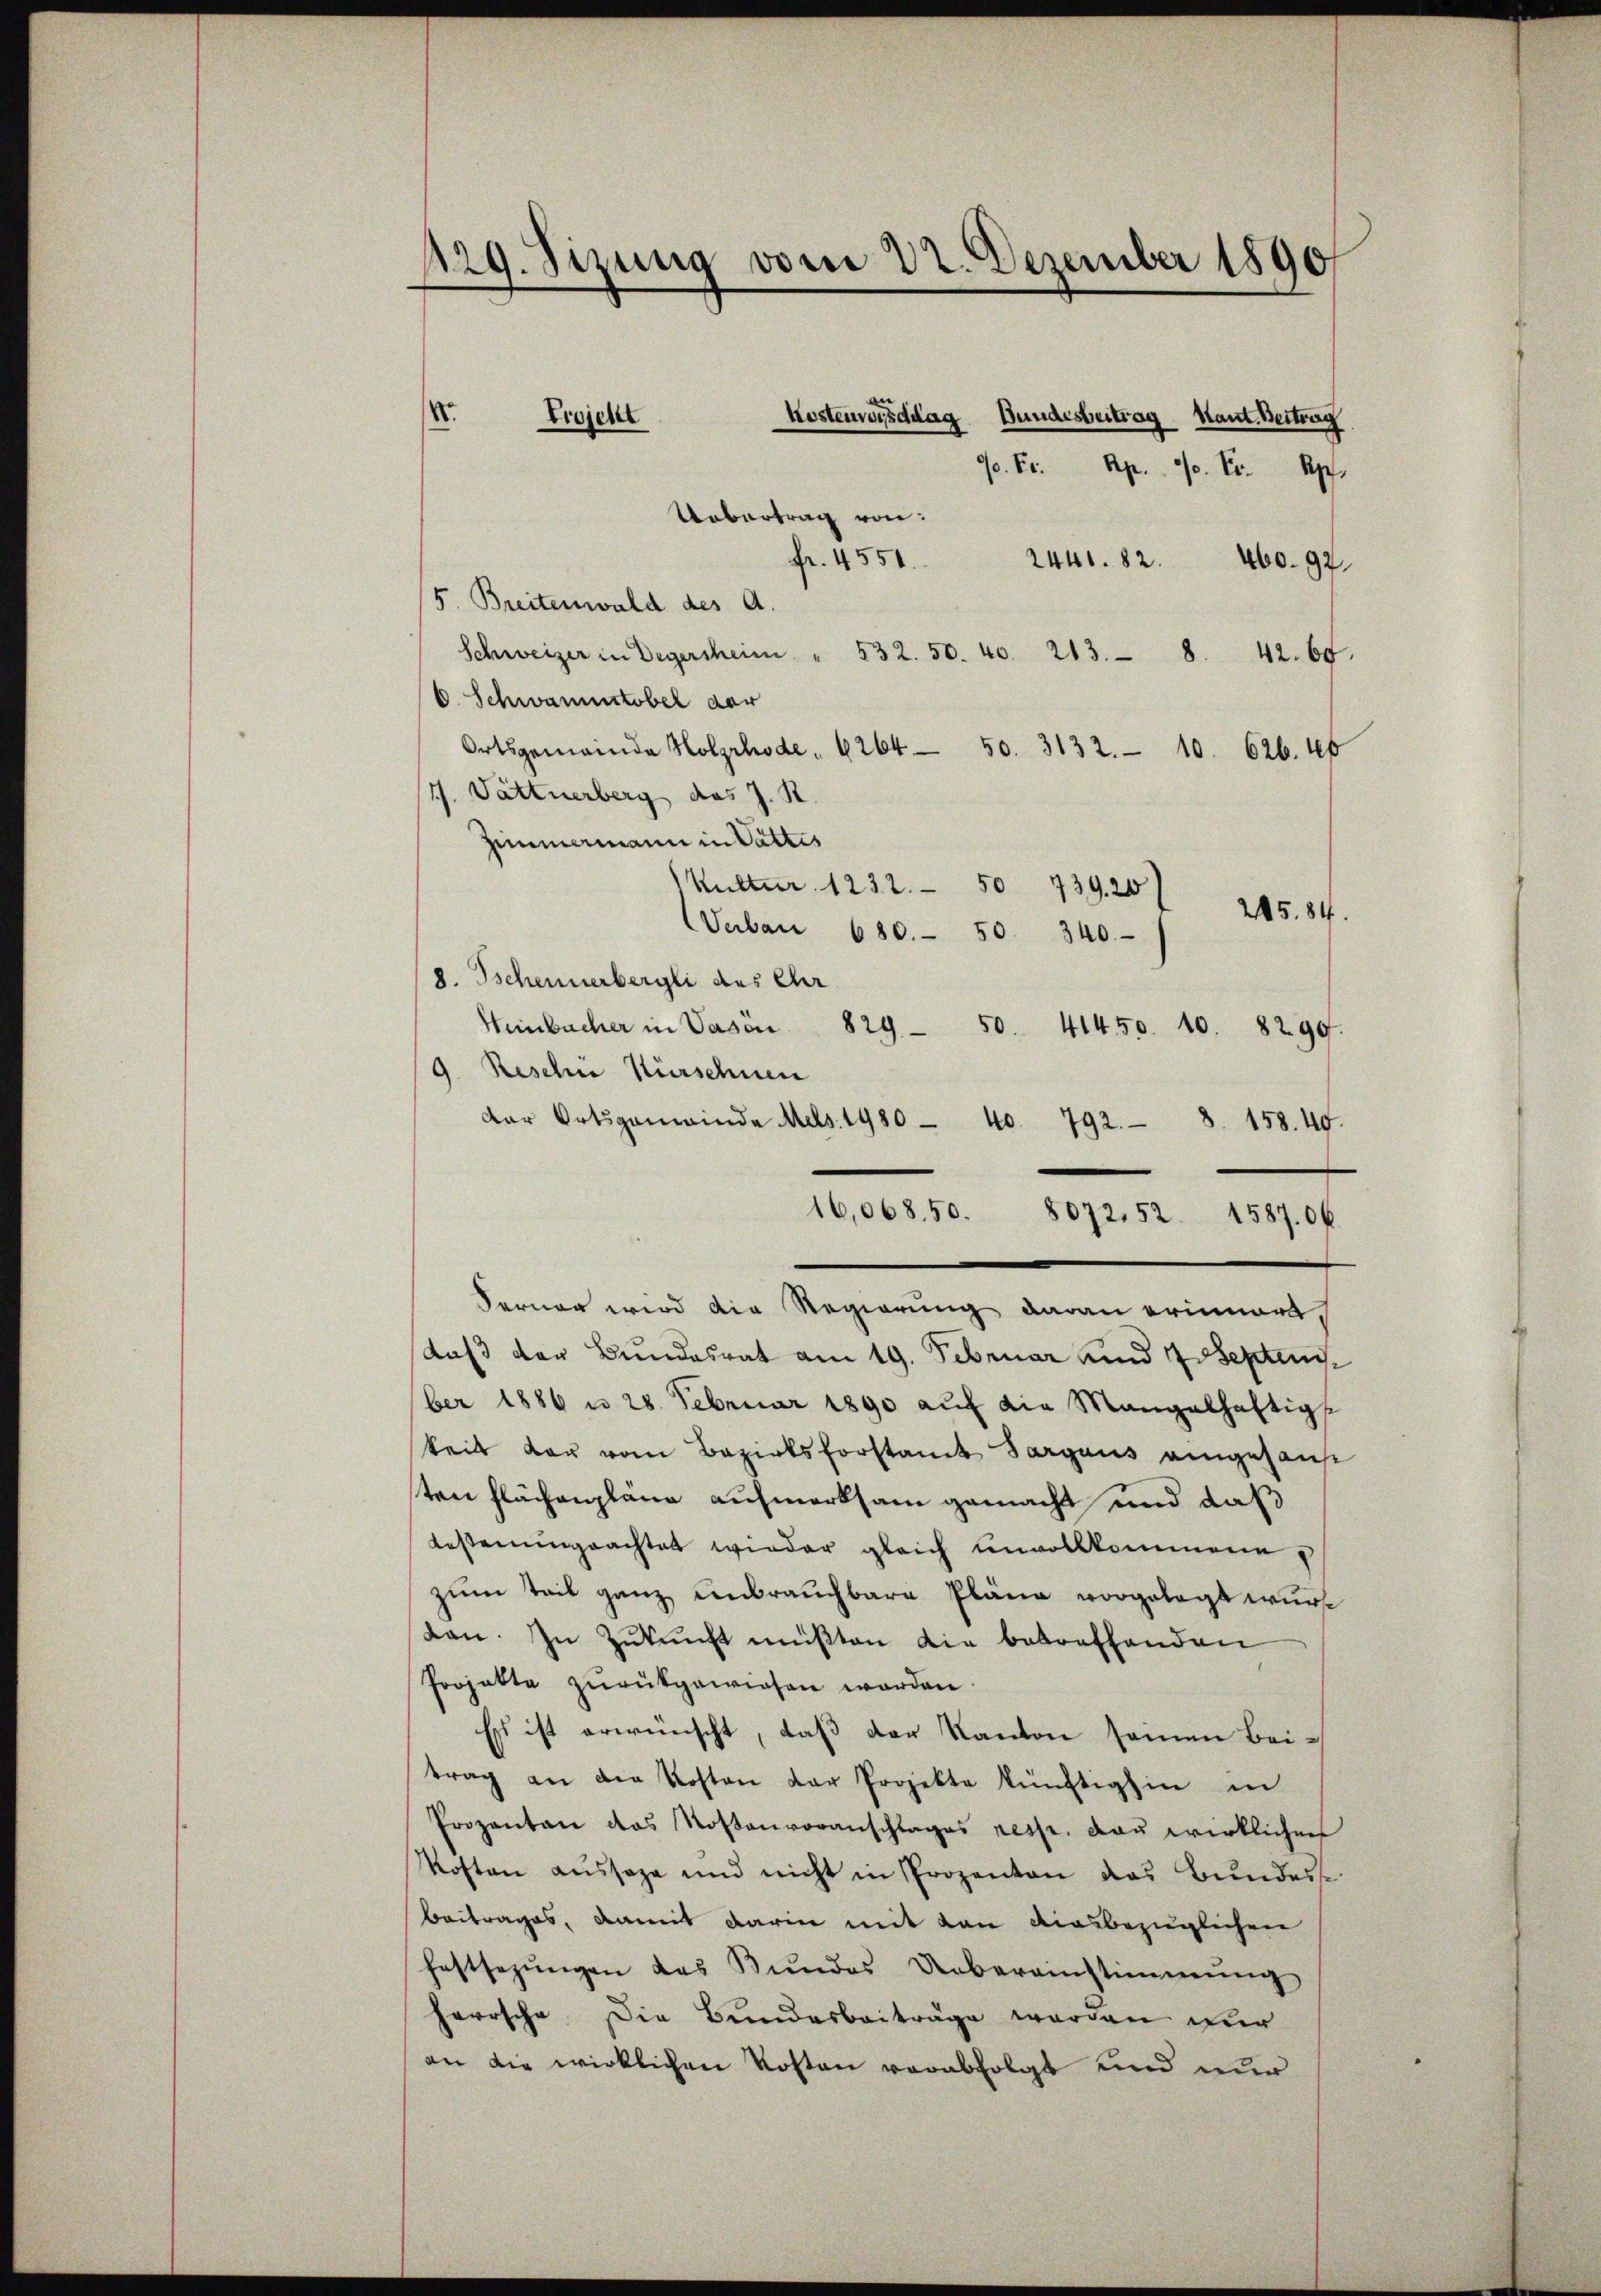
129. Sizung vom 22. Dezember 1890

Kostenvorstag Bundesbeitrag kant. Beitrag
Uebertrag von
fr. 4551.
2441. 82. 460. 92.
5. Breitenwald des A.
Schweizer in Degersheim " 532. 50. 40. 213. 8. 42. 60.
C. Schwammstobel der
Ortsgemeinde Holzrhode . 6264 50. 3132. 10. 626. 46
1/. Vättnerberg das J. R.
Zimmermann in Vattes
Kutter. 1232. 50 739.20)
Verbau 680. 50. 340.- 1 245. 84.
8. Tschenerbergli des Chr
Heinbacher in Vasön 829 50. 41450. 10. 8299.
9. Reschie Kürschnen
dar Ortsganwinde Mels. 1980 - 40. 792. 8. 158. 40.
16,068.50. 8072. 52. 15870 f.
Ferner wird die Regierung daran erinnert
daß der Bundesrat am 19. Februar und 4 September 1886 n 28. Februar 1890 aŭf die Mangelhaftigs
keit der vom Bezirksforstant Sargaus eingesan
ten Flächenpläne aufmerksam gemacht und daß
besterŭngeachtet wieder gleich ŭnvollkommene,
zum Teil ganz unbrauchbare Pläne vorgelegt wurden. In Zŭkŭnft müßten die betreffenden
Projekte zurückgewiesen worden.
Es ist erwünscht, daß der Kanton seinen Bei-
trag an die Kosten der Projekte künftighin in
Prozenten das Kostenvoranschlages resp. dau wirklichen
Kosten aŭssage und nicht in Prozenten das Bundes
beitrages, damit darin mit von diesbezüglichen
festsezŭngen des Kŭndes Uebereinstimmung
herrsche Die Bundesbeiträge werden wur
an die wirklichen Kosten verabfolgt und nur

.
Projekt

70. Fr. Rp. 90. Fr. pr.